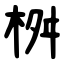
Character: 桝